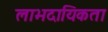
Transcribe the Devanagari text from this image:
लाभदायिकता